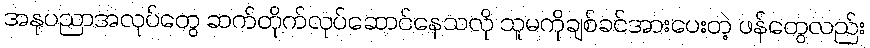
အနုပညာအလုပ်တွေ ဆက်တိုက်လုပ်ဆောင်နေသလို သူမကိုချစ်ခင်အားပေးတဲ့ ဖန်တွေလည်း